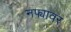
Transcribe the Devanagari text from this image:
नफ्यावर